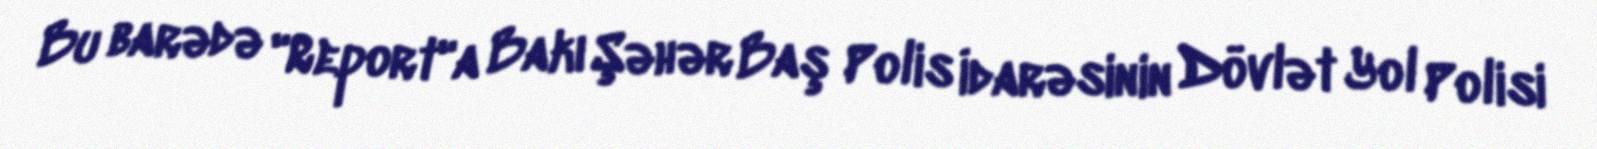
Bu barədə "Report"a Bakı Şəhər Baş Polis İdarəsinin Dövlət Yol Polisi